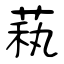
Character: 萟